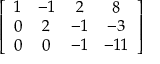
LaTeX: \left[ { \begin{array} { c c c c } { 1 } & { - 1 } & { 2 } & { 8 } \\ { 0 } & { 2 } & { - 1 } & { - 3 } \\ { 0 } & { 0 } & { - 1 } & { - 1 1 } \end{array} } \right]